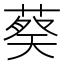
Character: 𬝢